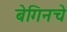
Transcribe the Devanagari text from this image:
बेगिनचे